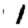
Digit: 1